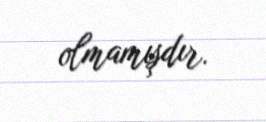
olmamışdır.